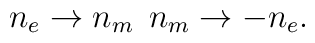
n_{e} \rightarrow n_{m} \> \> n_{m} \rightarrow - n_{e}.